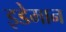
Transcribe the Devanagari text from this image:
इडेमान